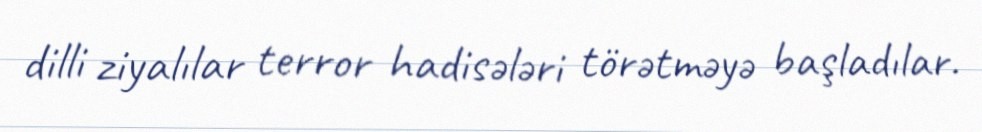
dilli ziyalılar terror hadisələri törətməyə başladılar.